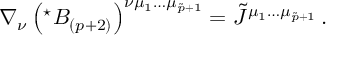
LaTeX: \nabla _ { \nu } \left( { } ^ { \star } B _ { ( p + 2 ) } \right) ^ { \nu \mu _ { 1 } \ldots \mu _ { \tilde { p } + 1 } } = \tilde { J } ^ { \mu _ { 1 } \ldots \mu _ { \tilde { p } + 1 } } \, .